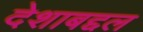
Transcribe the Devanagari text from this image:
देशाबद्दल